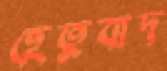
হেতুবাদ